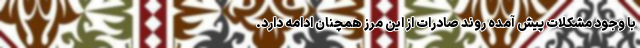
با وجود مشکلات پیش آمده روند صادرات از این مرز همچنان ادامه دارد.